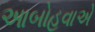
આબોહવાએ